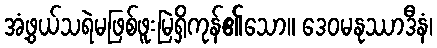
အံ့ဖွယ်သရဲမဖြစ်ဖူးမြဲရှိကုန်၏သော။ ဒေဝမနုဿာဒီနံ၊